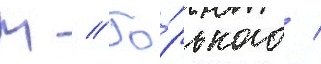
М // Го́рького /